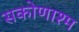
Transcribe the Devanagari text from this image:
सकोणाश्म